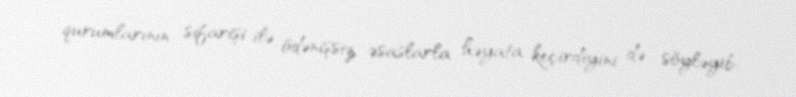
qurumlarının sifarişi ilə ödənişsiz əsaslarla həyata keçirdiyini də söyləyib: